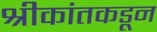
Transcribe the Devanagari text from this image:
श्रीकांतकडून